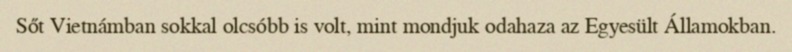
Sőt Vietnámban sokkal olcsóbb is volt, mint mondjuk odahaza az Egyesült Államokban.